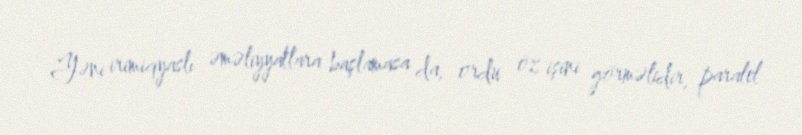
Yəni irimiqyaslı əməliyyatlara başlamasa da, ordu öz işini görməlidir, paralel